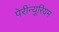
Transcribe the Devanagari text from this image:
पेरीन्यूरियम